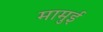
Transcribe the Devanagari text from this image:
मामुई